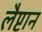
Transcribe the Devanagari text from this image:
लैप्टान